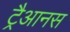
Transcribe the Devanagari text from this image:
ट्रैआनस